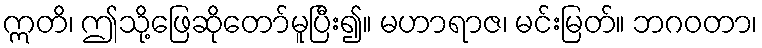
ဣတိ၊ ဤသို့ဖြေဆိုတော်မူပြီး၍။ မဟာရာဇ၊ မင်းမြတ်။ ဘဂဝတာ၊